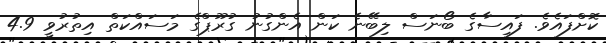
ކޮށްފައެވެ. ފައިސާގެ ބޯނަސް ލިބޭނެ ކަން އެންގުނު ގުރޫޕްގެ މަސައްކަތް އިތުރުވީ 4.9